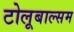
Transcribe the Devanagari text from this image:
टोलूबाल्सम